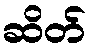
ဆိတ်